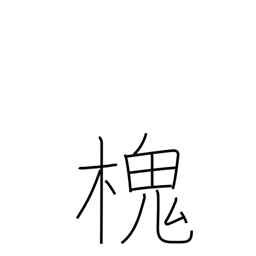
Meaning: type of Japanese pagoda tree